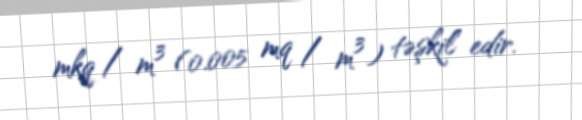
mkq / m³ (0.005 mq / m³) təşkil edir.